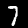
Digit: 7